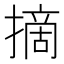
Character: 摘